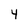
Character: 4